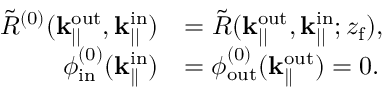
\begin{array} { r l } { \Tilde { R } ^ { ( 0 ) } ( \mathbf { k } _ { | | } ^ { \mathrm { o u t } } , \mathbf { k } _ { | | } ^ { \mathrm { i n } } ) } & { = \Tilde { R } ( \mathbf { k } _ { | | } ^ { \mathrm { o u t } } , \mathbf { k } _ { | | } ^ { \mathrm { i n } } ; z _ { \mathrm { f } } ) , } \\ { \phi _ { \mathrm { i n } } ^ { ( 0 ) } ( \mathbf { k } _ { \parallel } ^ { \mathrm { i n } } ) } & { = \phi _ { \mathrm { o u t } } ^ { ( 0 ) } ( \mathbf { k } _ { \parallel } ^ { \mathrm { o u t } } ) = 0 . } \end{array}